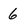
Character: 6